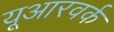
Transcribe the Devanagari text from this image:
यूआरवर्क